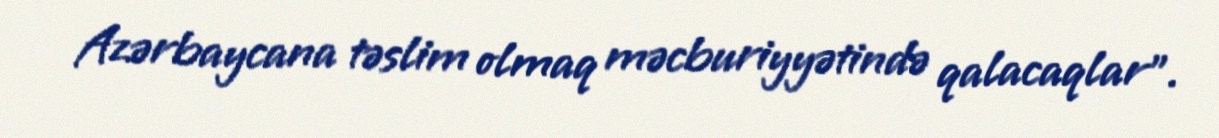
Azərbaycana təslim olmaq məcburiyyətində qalacaqlar”.